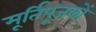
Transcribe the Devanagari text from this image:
मूर्तिपूजकों